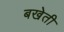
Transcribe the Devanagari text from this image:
बखेती